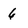
Character: 6